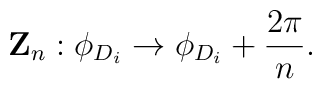
{\bf Z}_n : \phi_{D_i} \rightarrow \phi_{D_i} + \frac {2 \pi}{n}.